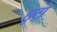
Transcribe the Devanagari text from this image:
छूटो